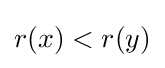
r(x)<r(y)